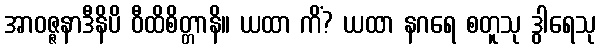
အာဝဇ္ဇနာဒီနိပိ ဝီထိစိတ္တာနိ။ ယထာ ကိံ? ယထာ နဂရေ စတူသု ဒွါရေသု